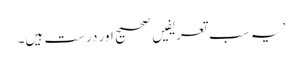
’ یہ سب تعریفیں صحیح اور درست ہیں۔